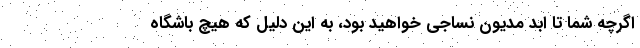
اگرچه شما تا ابد مدیون نساجی خواهید بود، به این دلیل که هیچ باشگاه